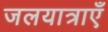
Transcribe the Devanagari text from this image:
जलयात्राएँ